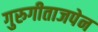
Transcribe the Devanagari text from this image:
गुरुगीताजपेन